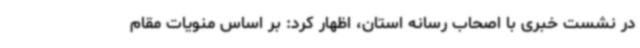
در نشست خبری با اصحاب رسانه استان، اظهار کرد: بر اساس منویات مقام